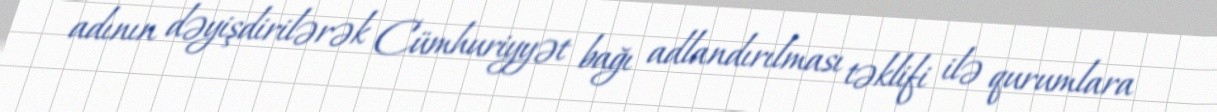
adının dəyişdirilərək Cümhuriyyət bağı adlandırılması təklifi ilə qurumlara